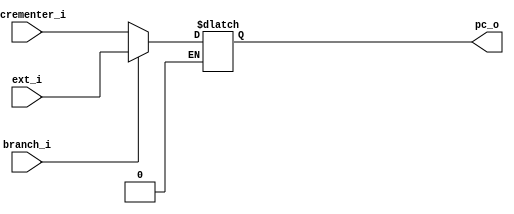
`timescale 10 ns / 10 ns
module mux_2x1
#(
	parameter MSB_ROM = 11,
	parameter LSB = 0
)
(
	incrementer_i, //Sada do incrementador
	branch_i, //Selecionador
	ext_i,

	pc_o//Sada do mux
);
input wire [(MSB_ROM-1):LSB] incrementer_i;
input wire [(MSB_ROM-1):LSB] ext_i;
input wire branch_i;

output reg [(MSB_ROM-1):LSB] pc_o;

always @(ext_i or branch_i or incrementer_i)
begin
	if (branch_i == 1'b0)
	begin
		pc_o = incrementer_i;
	end
	else if(branch_i == 1'b1)
	begin
		pc_o = ext_i;
	end
end
endmodule